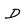
Character: D